Senior Leaving Certificate Examination (including Day School Certificate (Higher) General paper), 1949
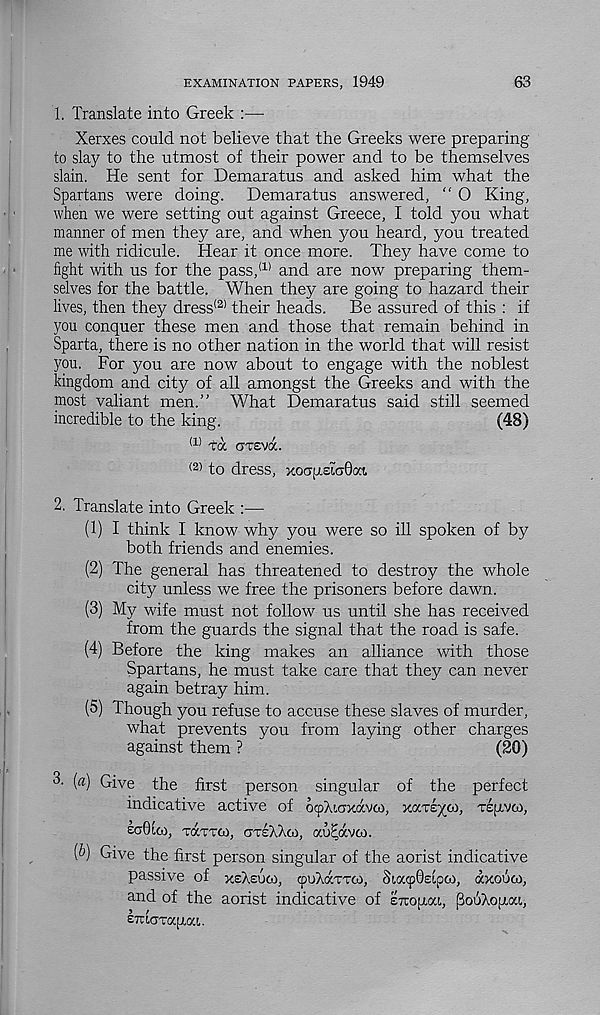
EXAMINATION PAPERS, 1949
63
1. Translate into Greek :—-
Xerxes could not believe that the Greeks were preparing
to slay to the utmost of their power and to be themselves
slain. He sent for Demaratus and asked him what the
Spartans were doing. Demaratus answered, “ O King,
when we were setting out against Greece, I told you what
manner of men they are, and when you heard, you treated
me with ridicule. Hear it once more. They have come to
fight with us for the pass, 111 and are now preparing them-
selves for the battle. When they are going to hazard their
lives, then they dress' 2 ' their heads.
Be assured of this : if
you conquer these men and those that remain behind in
Sparta, there is no other nation in the world that will resist
you. For you are now about to engage with the noblest
kingdom and city of all amongst the Greeks and with the
most valiant men.” What Demaratus said still seemed
incredible to the king.
(48)
<:l) ta gtsvoc.
(2) to dress, xocrp.£ia0oct.
2. Translate into Greek :—
(1) I think I know why you were so ill spoken of by
both friends and enemies.
(2) The general has threatened to destroy the whole
city unless we free the prisoners before dawn.
(3) My wife must not follow us until she has received
from the guards the signal that the road is safe.
(4) Before the king makes an alliance with those
Spartans, he must take care that they can never
again betray him.
(5) Though you refuse to accuse these slaves of murder,
what prevents you from laying other charges
against them ?
(20)
3. (a) Give the first person singular of the perfect
indicative active of ocphiaxccvco, xocre^co, TepvG),
eo01co, tottco, (jtsaaoi, ocuEavco.
(b) Give the first person singular of the aorist indicative
passive of xsXeuco, cpuAdcTirco, Sia<p0£ipco, axouco,
and of the aorist indicative of eTropou, pouXopm,
ETuaTapoct.